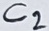
Text: C2